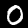
Digit: 0